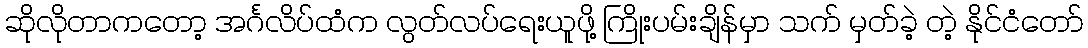
ဆိုလိုတာကတော့ အင်္ဂလိပ်ထံက လွတ်လပ်ရေးယူဖို့ ကြိုးပမ်းချိန်မှာ သက် မှတ်ခဲ့ တဲ့ နိုင်ငံတော်